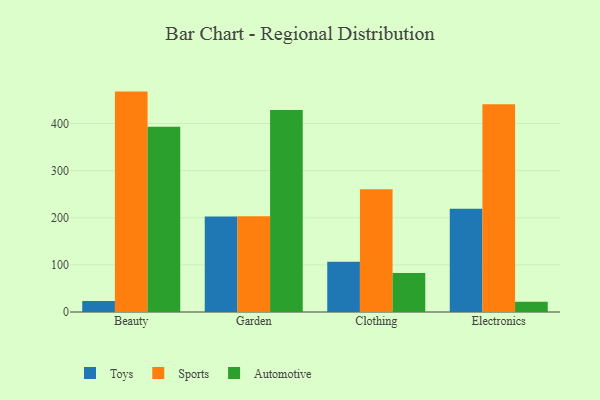
{"axis": {"x": "Category", "y": "Active Users"}, "legend": ["Automotive", "Sports", "Toys"], "data": [{"x": "Beauty", "y": 23.3, "type": "Toys"}, {"x": "Beauty", "y": 467.7, "type": "Sports"}, {"x": "Beauty", "y": 392.9, "type": "Automotive"}, {"x": "Garden", "y": 202.9, "type": "Toys"}, {"x": "Garden", "y": 203.2, "type": "Sports"}, {"x": "Garden", "y": 428.7, "type": "Automotive"}, {"x": "Clothing", "y": 106.6, "type": "Toys"}, {"x": "Clothing", "y": 260.5, "type": "Sports"}, {"x": "Clothing", "y": 82.9, "type": "Automotive"}, {"x": "Electronics", "y": 219.3, "type": "Toys"}, {"x": "Electronics", "y": 440.6, "type": "Sports"}, {"x": "Electronics", "y": 21.9, "type": "Automotive"}]}